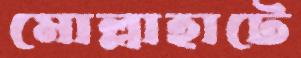
মোল্লাহাটে